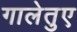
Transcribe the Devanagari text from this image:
गालेतुए